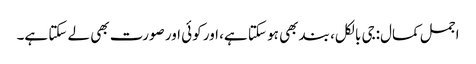
اجمل کمال:جی بالکل، بند بھی ہو سکتا ہے، اور کوئی اور صورت بھی لے سکتا ہے۔